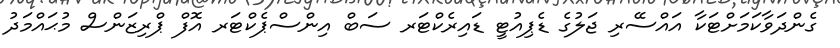
ގެންދަވާކަމަށްޓަކާ އައްސޭރި ޖަލުގެ ޑެޕިއުޓީ ޑައިރެކްޓަރ ސަބް އިންސްޕެކްޓަރ އޮފް ޕްރިޒަންސް މުޙައްމަދު